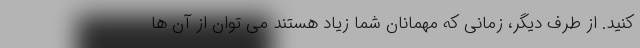
کنید. از طرف دیگر، زمانی که مهمانان شما زیاد هستند می توان از آن ها